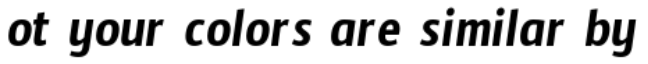
ot your colors are similar by